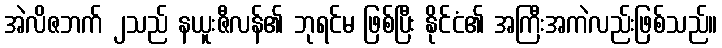
အဲလိဇဘက် ၂သည် နယူးဇီလန်၏ ဘုရင်မ ဖြစ်ပြီး နိုင်ငံ၏ အကြီးအကဲလည်းဖြစ်သည်။